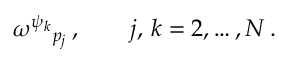
\omega ^ { \psi _ { k } } { } _ { p _ { j } } \, , \qquad j , \, k = 2 , \hdots , N \, .